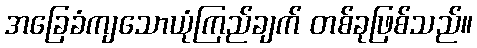
အခြေခံကျသောယုံကြည်ချက် တစ်ခုဖြစ်သည်။